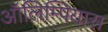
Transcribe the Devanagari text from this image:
ऑलिम्पियास